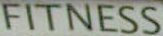
FITNESS